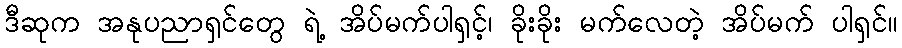
ဒီဆုက အနုပညာရှင်တွေ ရဲ့ အိပ်မက်ပါရှင့်၊ ခိုးခိုး မက်လေတဲ့ အိပ်မက် ပါရှင်။